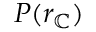
P ( r _ { \mathbb { C } } )